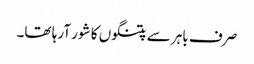
صرف باہر سے پتنگوں کا شور آرہا تھا۔